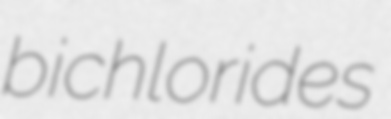
bichlorides